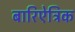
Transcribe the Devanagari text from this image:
बारिऐट्रिक